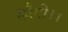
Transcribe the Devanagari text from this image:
छरैगी।।